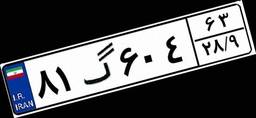
۸۱گ۶۰۴۶۳